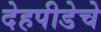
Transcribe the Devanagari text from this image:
देहपीडेचे